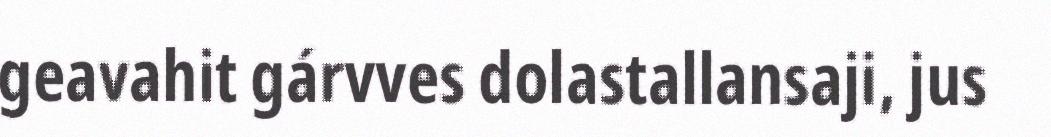
geavahit gárvves dolastallansaji, jus